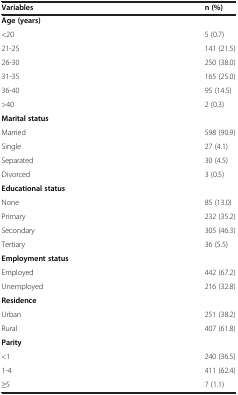
<table><thead><tr><td><b>Variables</b></td><td><b>n (%)</b></td></tr></thead><tbody><tr><td colspan="2"><b>Age (years)</b></td></tr><tr><td>&lt;20</td><td>5 (0.7)</td></tr><tr><td>21-25</td><td>141 (21.5)</td></tr><tr><td>26-30</td><td>250 (38.0)</td></tr><tr><td>31-35</td><td>165 (25.0)</td></tr><tr><td>36-40</td><td>95 (14.5)</td></tr><tr><td>&gt;40</td><td>2 (0.3)</td></tr><tr><td colspan="2"><b>Marital status</b></td></tr><tr><td>Married</td><td>598 (90.9)</td></tr><tr><td>Single</td><td>27 (4.1)</td></tr><tr><td>Separated</td><td>30 (4.5)</td></tr><tr><td>Divorced</td><td>3 (0.5)</td></tr><tr><td colspan="2"><b>Educational status</b></td></tr><tr><td>None</td><td>85 (13.0)</td></tr><tr><td>Primary</td><td>232 (35.2)</td></tr><tr><td>Secondary</td><td>305 (46.3)</td></tr><tr><td>Tertiary</td><td>36 (5.5)</td></tr><tr><td colspan="2"><b>Employment status</b></td></tr><tr><td>Employed</td><td>442 (67.2)</td></tr><tr><td>Unemployed</td><td>216 (32.8)</td></tr><tr><td colspan="2"><b>Residence</b></td></tr><tr><td>Urban</td><td>251 (38.2)</td></tr><tr><td>Rural</td><td>407 (61.8)</td></tr><tr><td colspan="2"><b>Parity</b></td></tr><tr><td>&lt;1</td><td>240 (36.5)</td></tr><tr><td>1-4</td><td>411 (62.4)</td></tr><tr><td>≥5</td><td>7 (1.1)</td></tr></tbody></table>